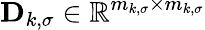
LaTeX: \mathbf{D}_{k,\sigma}\in\mathbb{R}^{m_{k,\sigma}\times m_{k,\sigma}}